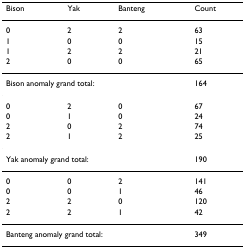
<table><thead><tr><td><b>Bison</b></td><td><b>Yak</b></td><td><b>Banteng</b></td><td><b>Count</b></td></tr></thead><tbody><tr><td>0</td><td>2</td><td>2</td><td>63</td></tr><tr><td>1</td><td>0</td><td>0</td><td>15</td></tr><tr><td>1</td><td>2</td><td>2</td><td>21</td></tr><tr><td>2</td><td>0</td><td>0</td><td>65</td></tr><tr><td colspan="3">Bison anomaly grand total:</td><td>164</td></tr><tr><td>0</td><td>2</td><td>0</td><td>67</td></tr><tr><td>0</td><td>1</td><td>0</td><td>24</td></tr><tr><td>2</td><td>0</td><td>2</td><td>74</td></tr><tr><td>2</td><td>1</td><td>2</td><td>25</td></tr><tr><td colspan="3">Yak anomaly grand total:</td><td>190</td></tr><tr><td>0</td><td>0</td><td>2</td><td>141</td></tr><tr><td>0</td><td>0</td><td>1</td><td>46</td></tr><tr><td>2</td><td>2</td><td>0</td><td>120</td></tr><tr><td>2</td><td>2</td><td>1</td><td>42</td></tr><tr><td colspan="3">Banteng anomaly grand total:</td><td>349</td></tr></tbody></table>